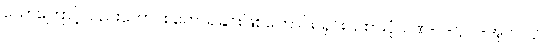
သောကြောင့်လည်းကောင်း ဟောရခြင်းဖြစ်ကြောင်း၊ ရှင်းပြထားပုံ၊ ပဏ်-၁-ဋ္ဌ-ပ-အုပ်-၂၃၂။